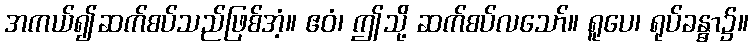
အကယ်၍ဆက်စပ်သည်ဖြစ်အံ့။ ဧဝံ၊ ဤသို့ ဆက်စပ်လသော်။ ရူပေ၊ ရုပ်ခန္ဓာ၌။